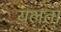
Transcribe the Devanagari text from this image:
यलता